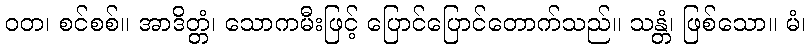
ဝတ၊ စင်စစ်။ အာဒိတ္တံ၊ သောကမီးဖြင့် ပြောင်ပြောင်တောက်သည်။ သန္တံ၊ ဖြစ်သော။ မံ၊